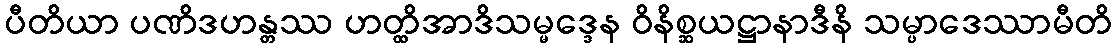
ပီတိယာ ပဏိဒဟန္တဿ ဟတ္ထိအာဒိသမ္မဒ္ဒေန ဝိနိစ္ဆယဋ္ဌာနာဒီနိ သမ္ပာဒေဿာမီတိ